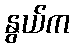
နွယ်က